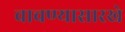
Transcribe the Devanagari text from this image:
वाचण्यासारखे